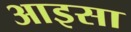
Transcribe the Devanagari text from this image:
आइसा